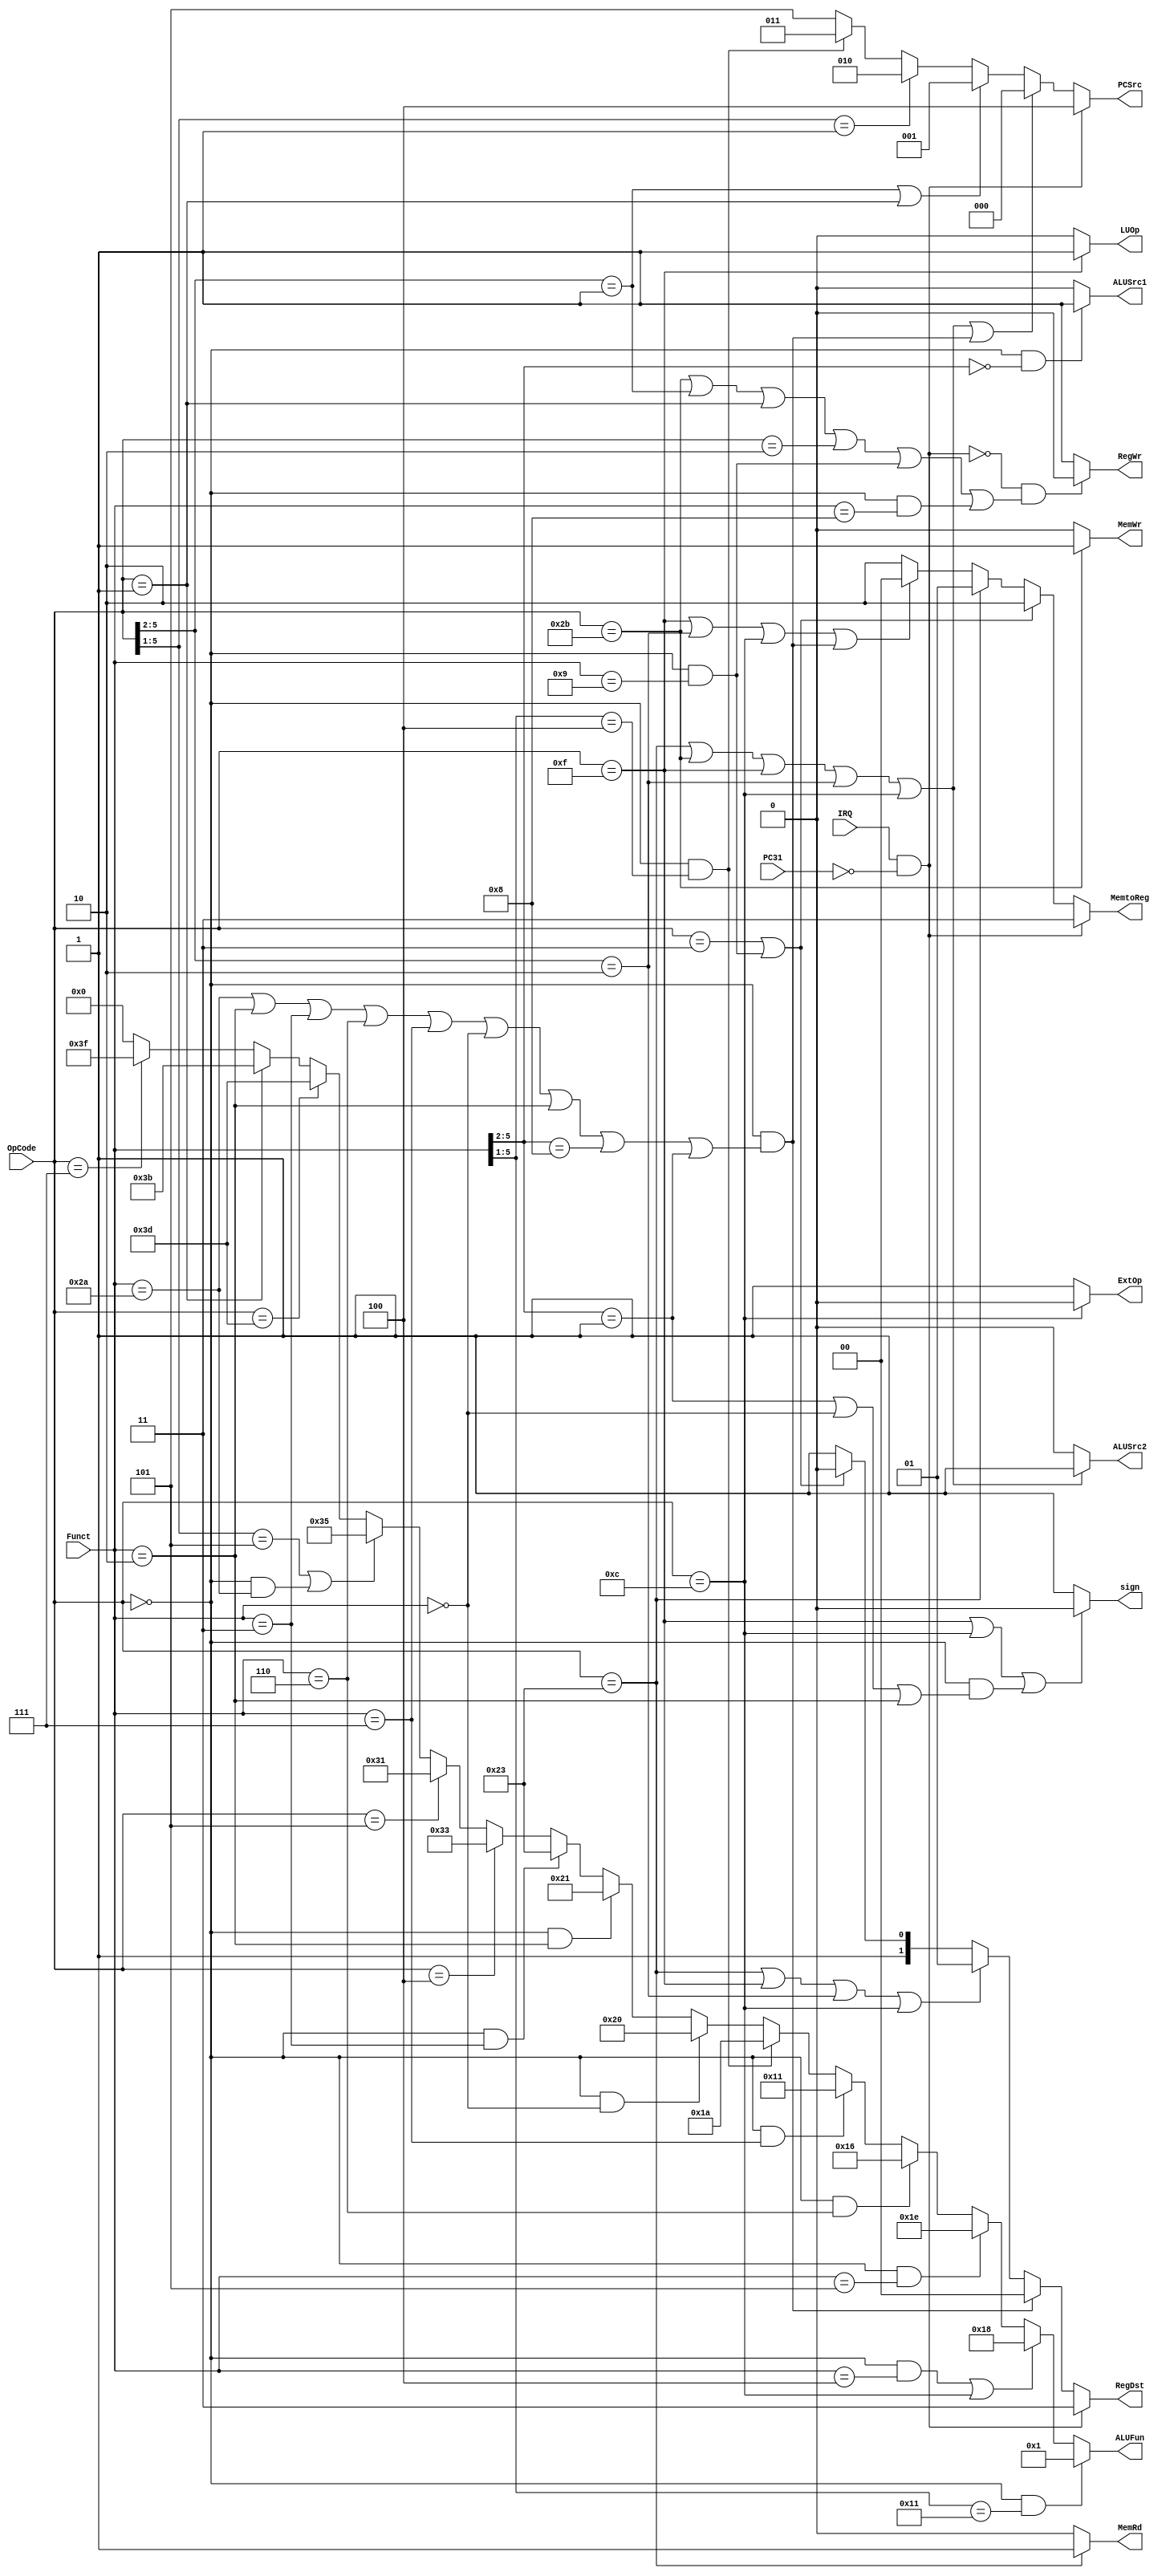
module Control(IRQ, OpCode, Funct, PCSrc, RegDst, RegWr, ALUSrc1, ALUSrc2, ALUFun, sign, MemWr, MemRd, MemtoReg, ExtOp, LUOp, PC31);

input IRQ, PC31;
input [5:0]OpCode, Funct;
output RegWr, ALUSrc1, ALUSrc2, sign, MemWr, MemRd, ExtOp, LUOp;
output [2:0]PCSrc;
output [1:0]RegDst, MemtoReg;
output [5:0]ALUFun;
//
assign PCSrc = 
	(IRQ == 1 & !PC31)? 4
	:(OpCode == 6'b100011 || OpCode == 6'b101011
		|| OpCode == 6'b001111
		|| OpCode[5:2] == 4'b0010 || OpCode == 6'b001100
		|| (OpCode == 0 && (Funct == 6'b101010
		|| Funct == 6'b000010 || Funct == 6'b000011 
		|| Funct == 6'b000110 || Funct == 6'b000111 
		|| Funct == 6'b000000 || Funct == 6'b000010
		|| Funct[5:2] == 4'b1000 || Funct[5:2] == 4'b0001)))? 0
	:(OpCode[5:2] == 4'b0001 || OpCode == 1)? 1
	:(OpCode[5:1] == 5'b00001)? 2
	:(OpCode == 0 && Funct[5:1] == 4)? 3
	:5;
assign RegDst = 
	(IRQ == 1 & !PC31)? 3
	:(OpCode == 0 && (Funct == 6'b101010
		|| Funct == 6'b000010 || Funct == 6'b000011 
		|| Funct == 6'b000110 || Funct == 6'b000111 
		|| Funct == 6'b000000 || Funct == 6'b000010
		|| Funct[5:2] == 4'b1000 || Funct[5:2] == 4'b0001))? 0
	:(OpCode == 6'b100011 ||OpCode == 6'b001111
		|| OpCode[5:2] == 4'b0010 || OpCode == 6'b001100)? 1
	:(OpCode == 6'b000011 || (OpCode == 0 && Funct == 6'b001001))? 2
	:3;
assign RegWr = 
	!(IRQ == 1 & !PC31) & (OpCode == 6'b101011 || OpCode[5:2] == 4'b0001
		|| OpCode == 1 || OpCode == 2
		|| (OpCode == 0 && Funct == 6'b001001) 
		|| OpCode == 6'b000000 & Funct == 6'b001000)? 0 : 1; 
assign ALUSrc1 = 
	(OpCode == 0 && Funct[5:2] == 0) ? 1 : 0;
assign ALUSrc2 = 
	(OpCode == 6'b100011 || OpCode == 6'b101011|| OpCode == 6'b001111
		|| OpCode[5:2] == 4'b0010 
		|| OpCode == 6'b001100) ? 1 : 0;
assign ALUFun =
	(OpCode == 0 && Funct[5:1] == 5'b10001)? 1
	:((OpCode == 0 && Funct == 6'b000100) || OpCode == 6'b001100)? 6'b011000
	:(OpCode == 0 && Funct == 6'b000101)? 6'b011110
	:(OpCode == 0 && Funct == 6'b000110)? 6'b010110
	:(OpCode == 0 && Funct == 6'b000111)? 6'b010001
	:(OpCode == 0 && Funct[5:1] == 5'b00100)? 6'b011010	
	:(OpCode == 0 && Funct == 6'b000000)? 6'b100000
	:(OpCode == 0 && Funct == 6'b000010)? 6'b100001
	:(OpCode == 0 && Funct == 6'b000011)? 6'b100011
	:(OpCode == 6'b000100)? 6'b110011
	:(OpCode == 6'b000101)? 6'b110001
	:(OpCode[5:1] == 5'b00101 || (OpCode == 0 && Funct == 6'b101010))? 6'b110101
	:(OpCode == 6'b111101)? 6'b111101
	:(OpCode == 6'b000001)? 6'b111011
	:(OpCode == 6'b000111)? 6'b111111
	:0;
assign sign =
	(OpCode == 6'b001111 || OpCode == 6'b001100
	|| (OpCode == 6'b000000 && (Funct[5:2] == 4'b0001 || Funct == 6'b000000 || Funct == 6'b000010)))? 0 : 1;
assign MemRd = (OpCode == 6'h23)? 1 : 0;
assign MemWr = (OpCode == 6'h2b)? 1 : 0;	
//mem2reg=PC 3 2
assign MemtoReg[1:0] =
	(IRQ == 1 & !PC31) ? 3
	:(OpCode == 6'h03 || (OpCode == 0 && Funct == 6'h09))? 2
	:(OpCode == 6'h23)? 1
	:(OpCode == 6'b001111
		|| OpCode[5:2] == 4'b0010 || OpCode == 6'b001100
		|| (OpCode == 0 && (Funct == 6'b101010
		|| Funct == 6'b000010 || Funct == 6'b000011 
		|| Funct == 6'b000110 || Funct == 6'b000111 
		|| Funct == 6'b000000 || Funct == 6'b000010
		|| Funct[5:2] == 4'b1000 || Funct[5:2] == 4'b0001)))? 0
	:2;
assign ExtOp = (OpCode == 6'h0c )? 0 : 1;
assign LUOp = (OpCode == 6'h0f)? 1 : 0;	
endmodule